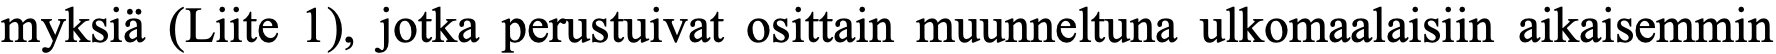
myksiä (Liite 1), jotka perustuivat osittain muunneltuna ulkomaalaisiin aikaisemmin